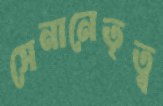
সেনানেতৃত্ব